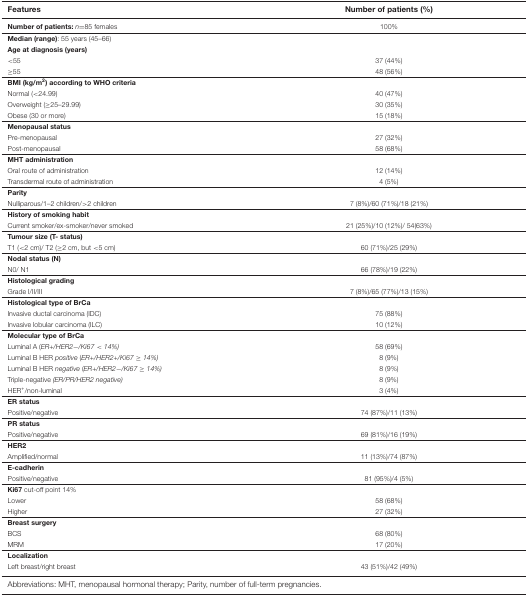
| Features | Number of patients (%) |
 | --- | --- |
 | Number of patients:n=85 females | 100% |
 | Median (range): 55 years (45–66) |  |
 | Age at diagnosis (years) |  |
 | <55 | 37 (44%) |
 | ≥55 | 48 (56%) |
 | BMI (kg/m2) according to WHO criteria |  |
 | Normal (<24.99) | 40 (47%) |
 | Overweight (≥25–29.99) | 30 (35%) |
 | Obese (30 or more) | 15 (18%) |
 | Menopausal status |  |
 | Pre-menopausal | 27 (32%) |
 | Post-menopausal | 58 (68%) |
 | MHT administration |  |
 | Oral route of administration | 12 (14%) |
 | Transdermal route of administration | 4 (5%) |
 | Parity |  |
 | Nulliparous/1–2 children/>2 children | 7 (8%)/60 (71%)/18 (21%) |
 | History of smoking habit |  |
 | Current smoker/ex-smoker/never smoked | 21 (25%)/10 (12%)/ 54(63%) |
 | Tumour size (T- status) |  |
 | T1 (<2 cm)/ T2 (≥2 cm, but <5 cm) | 60 (71%)/25 (29%) |
 | Nodal status (N) |  |
 | N0/ N1 | 66 (78%)/19 (22%) |
 | Histological grading |  |
 | Grade I/II/III | 7 (8%)/65 (77%)/13 (15%) |
 | Histological type of BrCa |  |
 | Invasive ductal carcinoma (IDC) | 75 (88%) |
 | Invasive lobular carcinoma (ILC) | 10 (12%) |
 | Molecular type of BrCa |  |
 | Luminal A (ER+/HER2−/Ki67 < 14%) | 58 (69%) |
 | Luminal B HER positive (ER+/HER2+/Ki67 ≥ 14%) | 8 (9%) |
 | Luminal B HER negative (ER+/HER2−/Ki67 ≥ 14%) | 8 (9%) |
 | Triple-negative (ER/PR/HER2 negative) | 8 (9%) |
 | HER+/non-luminal | 3 (4%) |
 | ER status |  |
 | Positive/negative | 74 (87%)/11 (13%) |
 | PR status |  |
 | Positive/negative | 69 (81%)/16 (19%) |
 | HER2 |  |
 | Amplified/normal | 11 (13%)/74 (87%) |
 | E-cadherin |  |
 | Positive/negative | 81 (95%)/4 (5%) |
 | Ki67 cut-off point 14% |  |
 | Lower | 58 (68%) |
 | Higher | 27 (32%) |
 | Breast surgery |  |
 | BCS | 68 (80%) |
 | MRM | 17 (20%) |
 | Localization |  |
 | Left breast/right breast | 43 (51%)/42 (49%) |